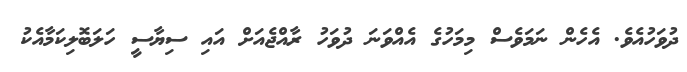
ދުވަހުއެވެ. އެހެން ނަމަވެސް މިމަހުގެ އެއްވަނަ ދުވަހު ރާއްޖެއަށް އައި ސިޔާސީ ހަލަބޮލިކަމާއެކު